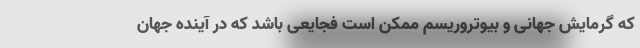
که گرمایش جهانی و بیوتروریسم ممکن است فجایعی باشد که در آینده جهان